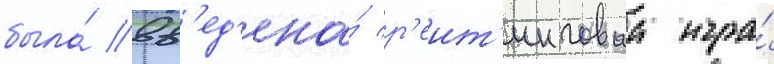
была́ вв'ед'ена́ р'еит'инговаа игра́